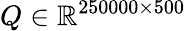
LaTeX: Q\in\mathbb{R}^{250000\times 500}